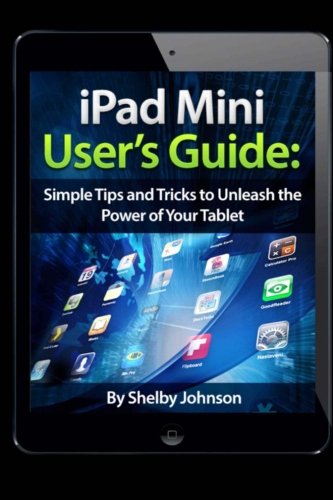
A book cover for iPad Mini User's Guide: Simple Tips and Tricks to Unleash the Power of your Tablet!; Shelby Johnson; Computers & Technology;